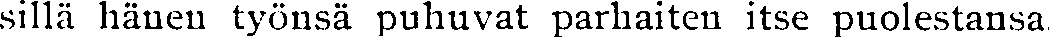
sillä hänen työnsä puhuvat parhaiten itse puolestansa.